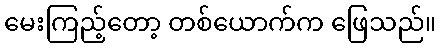
မေးကြည့်တော့ တစ်ယောက်က ဖြေသည်။